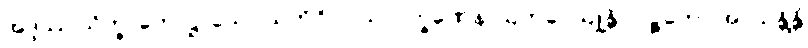
အဒ္ဒဿ သိက္ခာကောဋ္ဌာသော သတိဝိပ္ပဝါသလက္ခဏေန ဩကပ္ပေယျုန္တိ လဉ္ဇကော အာယန္တိန္တိ